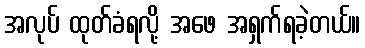
အလုပ် ထုတ်ခံရလို့ အဖေ အရှက်ရခဲ့တယ်။